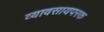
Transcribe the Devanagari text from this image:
व्यावसायपरक